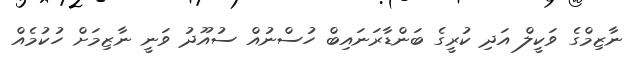
ނާޒިމްގެ ވަކީލް އަދި ކުރީގެ ބަންޑާރަނައިބް ހުސްނުއް ސުއޫދު ވަނީ ނާޒިމަށް ހުކުމެއް